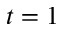
t = 1